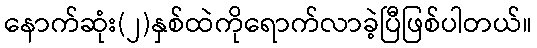
နောက်ဆုံး(၂)နှစ်ထဲကိုရောက်လာခဲ့ပြီဖြစ်ပါတယ်။